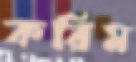
করিম